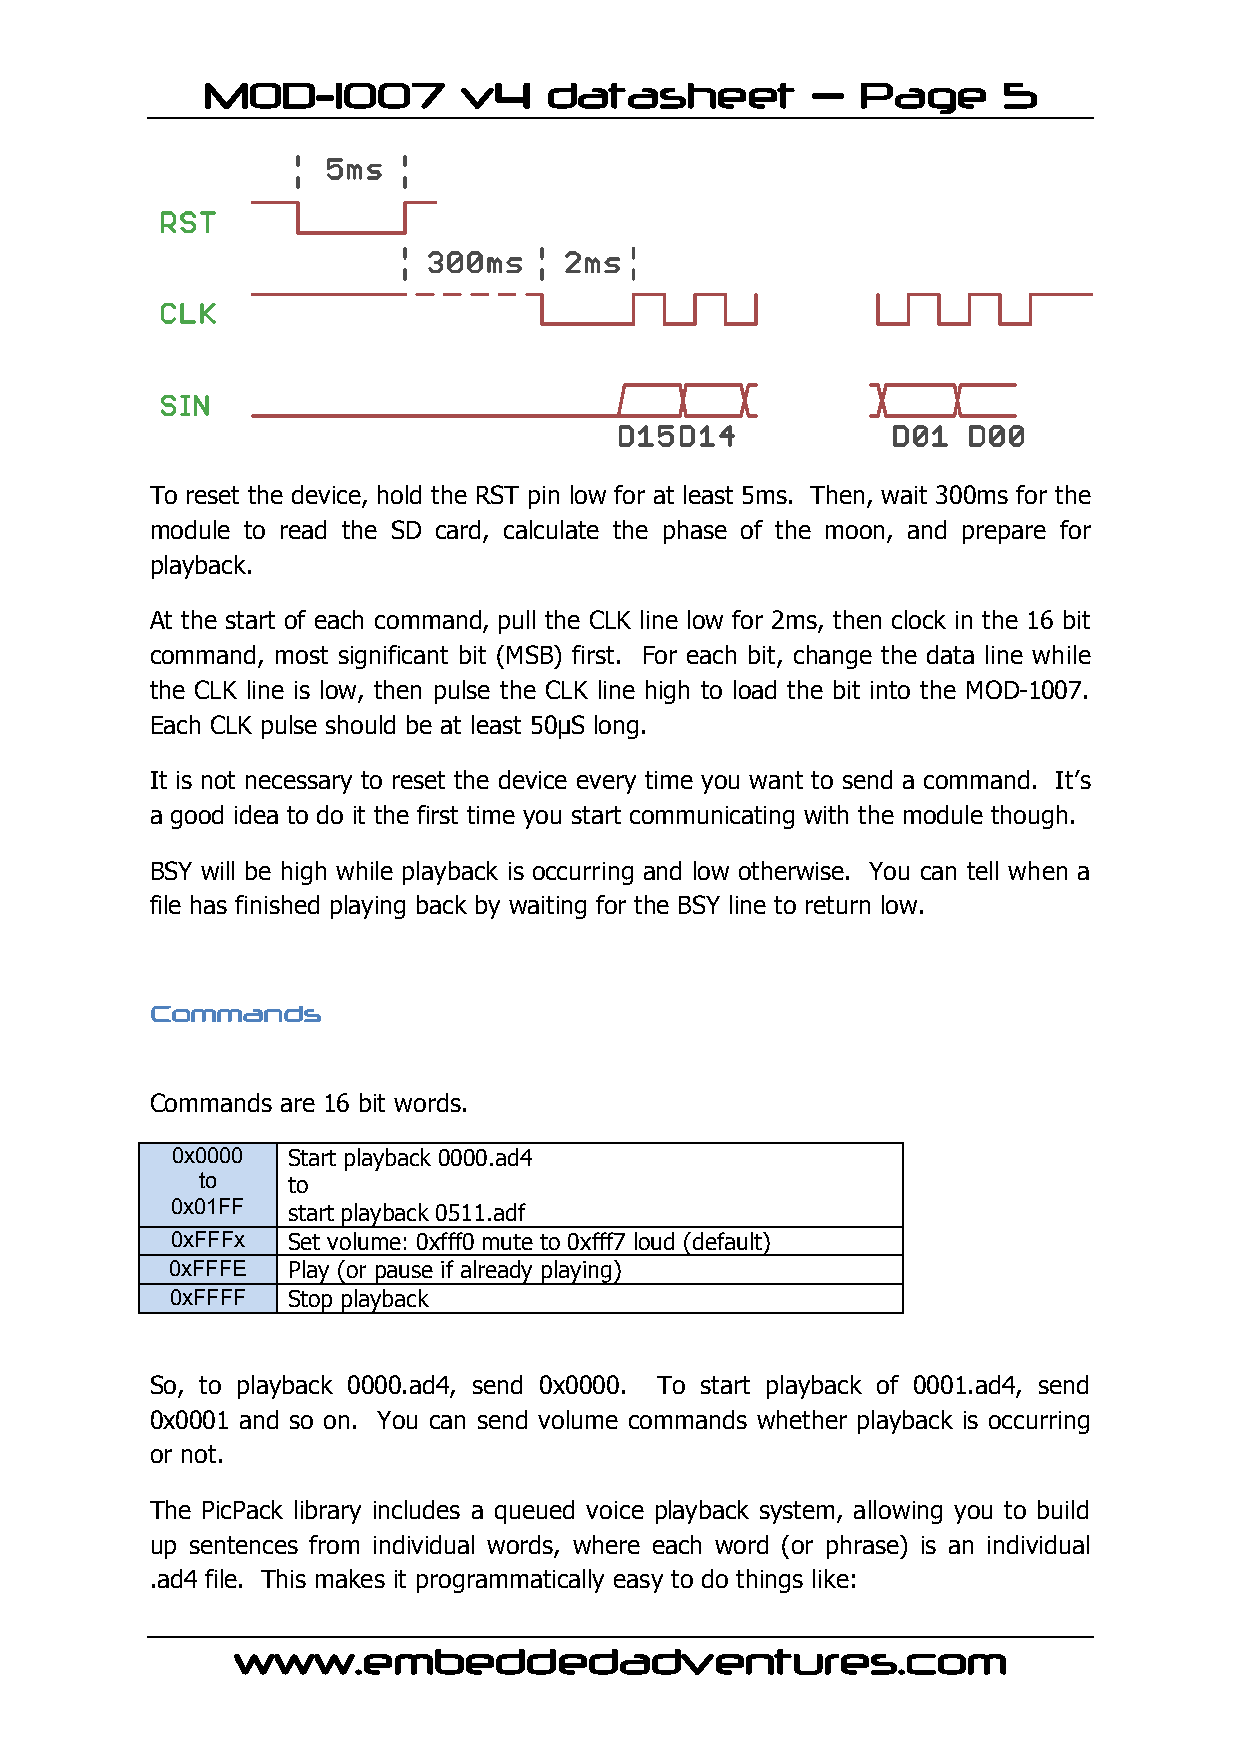
MOD-1007         v4    datasheet         –  Page     5
 To reset the device, hold the RST pin low for at least 5ms. Then, wait 300ms for the
 module to read the SD card, calculate the phase of the moon, and prepare for
 playback.
 At the start of each command, pull the CLK line low for 2ms, then clock in the 16 bit
 command, most significant bit (MSB) first. For each bit, change the data line while
 the CLK line is low, then pulse the CLK line high to load the bit into the MOD-1007.
 Each CLK pulse should be at least 50µS long.
 It is not necessary to reset the device every time you want to send a command. It’s
 a good idea to do it the first time you start communicating with the module though.
 BSY will be high while playback is occurring and low otherwise. You can tell when a
 file has finished playing back by waiting for the BSY line to return low.
 Commands
 Commands are 16 bit words.
 0x0000  Start playback 0000.ad4
 to    to
 0x01FF
 start playback 0511.adf
 0xFFFx  Set volume: 0xfff0 mute to 0xfff7 loud (default)
 0xFFFE  Play (or pause if already playing)
 0xFFFF  Stop playback
 So, to playback 0000.ad4, send 0x0000. To start playback of 0001.ad4, send
 0x0001 and so on. You can send volume commands whether playback is occurring
 or not.
 The PicPack library includes a queued voice playback system, allowing you to build
 up sentences from individual words, where each word (or phrase) is an individual
 .ad4 file. This makes it programmatically easy to do things like:
 www.embeddedadventures.com